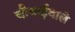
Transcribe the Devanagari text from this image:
चौथाईवाले